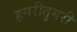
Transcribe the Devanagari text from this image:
हमरीतुमरी